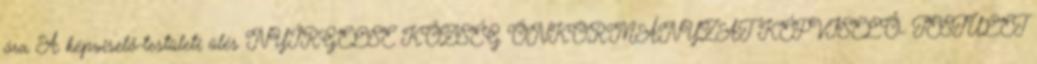
óra A képviselő-testületi ülés NYÍRGELSE KÖZSÉG ÖNKORMÁNYZAT KÉPVISELŐ- TESTÜLET